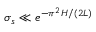
\sigma _ { s } \ll e ^ { - \pi ^ { 2 } H / ( 2 L ) }